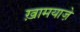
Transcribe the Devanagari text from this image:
ख़ामयाजे़